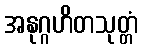
အနုဂ္ဂဟိတသုတ္တံ